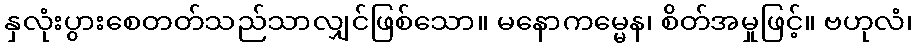
နှလုံးပွားစေတတ်သည်သာလျှင်ဖြစ်သော။ မနောကမ္မေန၊ စိတ်အမှုဖြင့်။ ဗဟုလံ၊